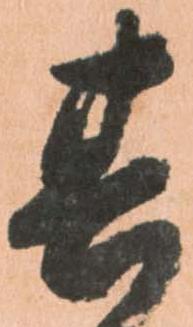
其